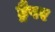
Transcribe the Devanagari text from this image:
ड्रैपर